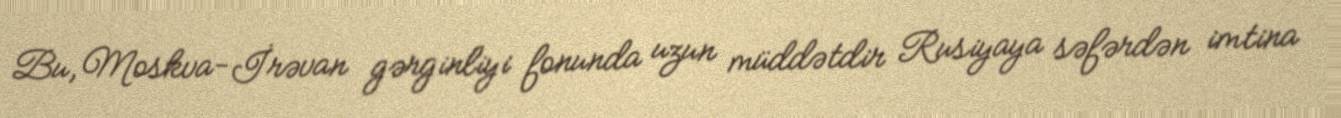
Bu, Moskva-İrəvan gərginliyi fonunda uzun müddətdir Rusiyaya səfərdən imtina